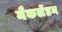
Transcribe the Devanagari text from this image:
मैकलेंडन